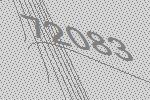
72083